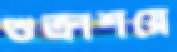
শুক্রাশয়ে